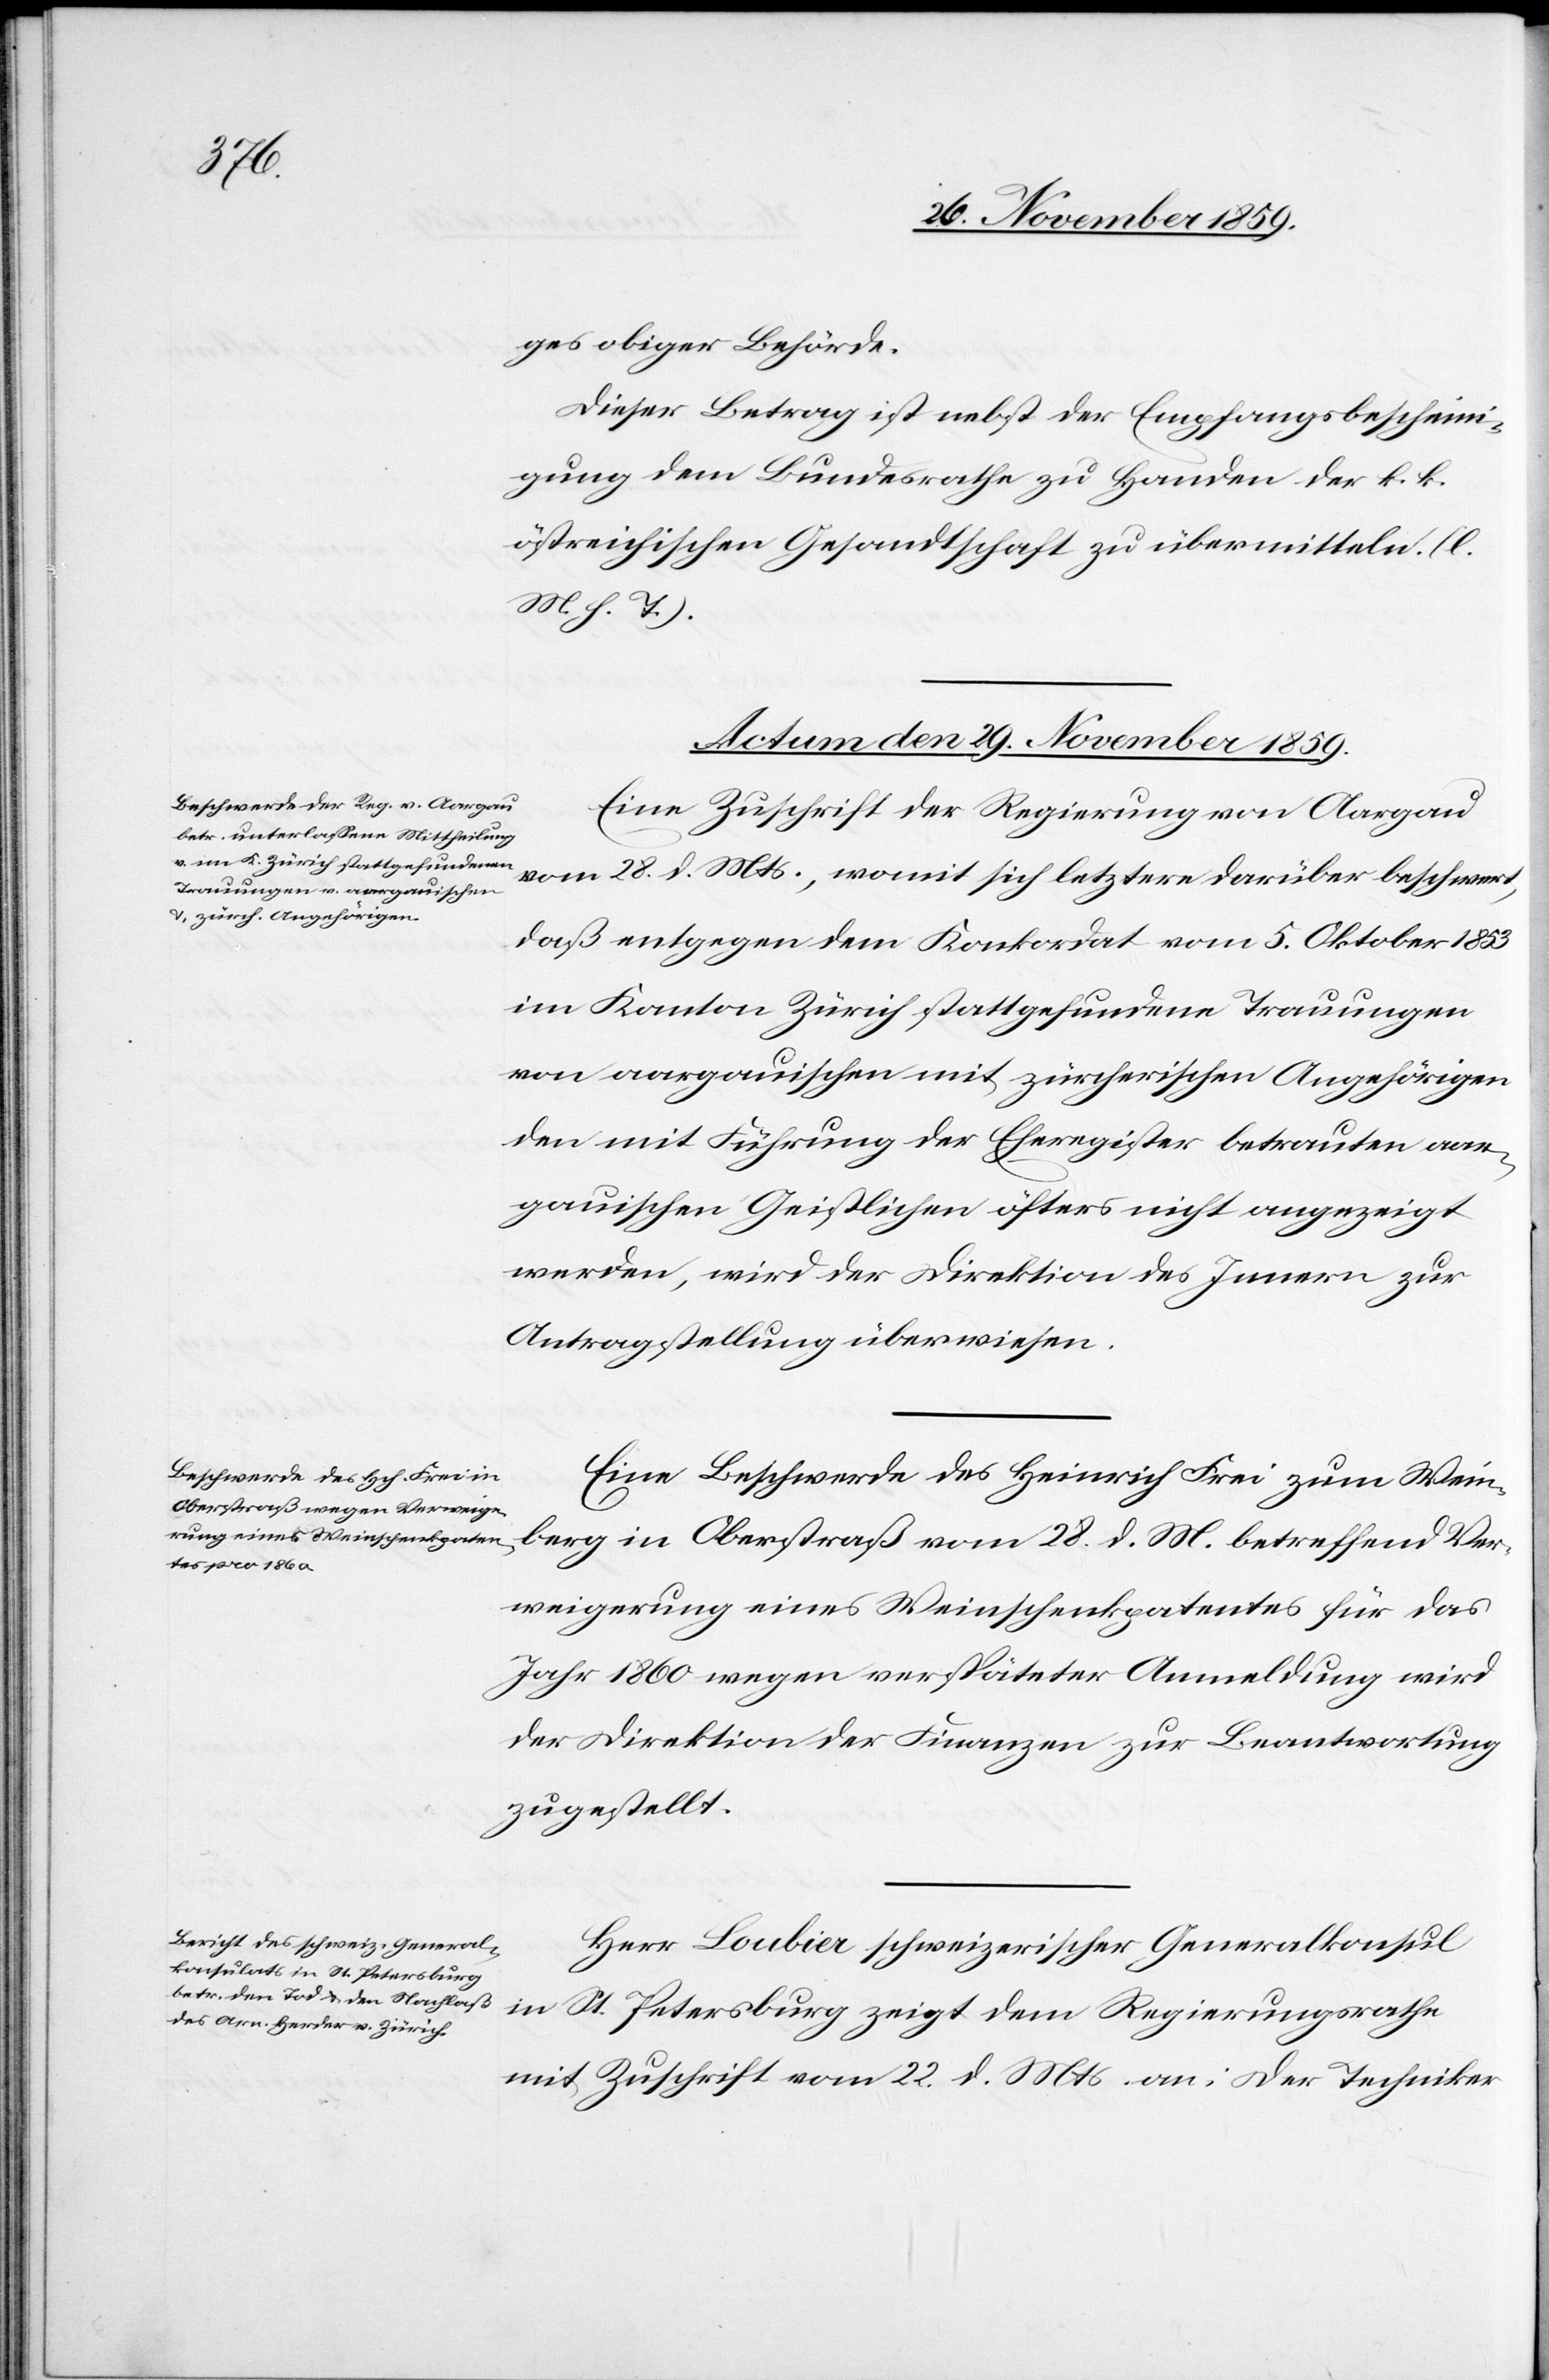
ges obiger Behörde.
Dieser Betrag ist nebst der Empfangsbescheini¬
gung dem Bundesrathe zu Handen der k. k.
östreichischen Gesandtschaft zu übermitteln. (l.
M. h. T.).
Actum den 29. November 1859.]
Eine Zuschrift der Regierung von Aargau
vom 28. d. Mts., womit sich letztere darüber beschwert,
daß entgegen dem Konkordat vom 5. Oktober 1853
im Kanton Zürich stattgefundene Trauungen
von aargauischen mit zürcherischen Angehörigen
den mit Führung der Eheregister betrauten aar¬
gauischen Geistlichen öfters nicht angezeigt
werden, wird der Direktion des Innern zur
Antragstellung überwiesen.
Eine Beschwerde des Heinrich Frei zum Wein¬
berg in Oberstraß vom 28. d. M. betreffend Ver¬
weigerung eines Weinschankpatentes für das
Jahr 1860 wegen verspäteter Anmeldung wird
der Direktion der Finanzen zu Beantwortung
zugestellt.
Herr Loubier schweizerischer Generalkonsul
in St. Petersburg zeigt dem Regierungsrathe
mit Zuschrift vom 22. d. Mts. an: Der Techniker